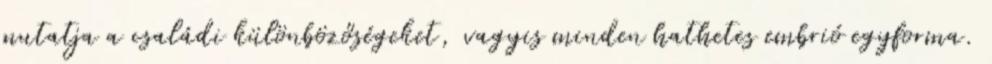
mutatja a családi különbözőségeket, vagyis minden hathetes embrió egyforma.